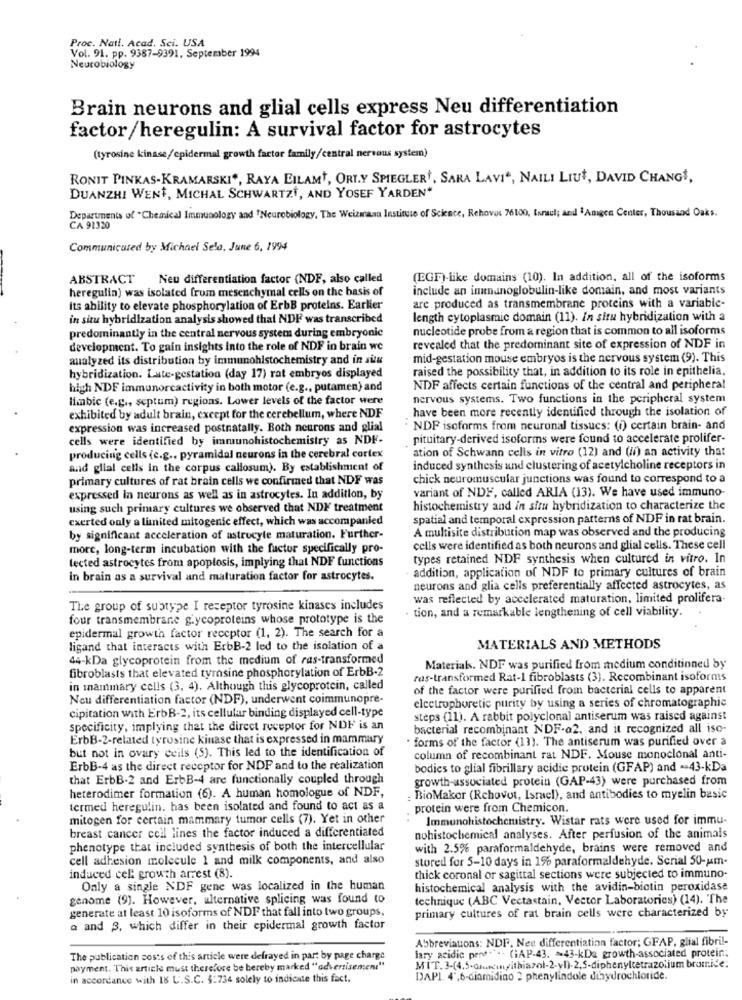
Proc. Nati. Acad. Sci. USA
Vol. 91. pp. 9387-9391. September 1994
Neurobiology
Brain neurons and glial cells express Neu differentiation
factor/heregulin: A survival factor for astrocytes
(tyrosine kinase/epidermal growth factor family/central nervous system)
RONIT PINKAS-KRAMARSKI", RAYA EILAMt, ORT.Y SPIEGLER', SARA LAVI", NAILI LIUt, DAVID CHANGt,
DUANZHI WENT, MICHAL SCHWARTZI, AND YOSEF YARDEN"
Departments of "Chemical Immunology and "Neurobiology, The Weizmann Institute of Science, Rehovot 76100, Ixraul; and #Angen Center, Thousand Oaks.
CA 91320
Communicated by Michael Sela, June 6, 1994
ABSTRACT
Neu differentiation factor (NDF, also called
(EGF)-like domains (10). In addition, all of the isoforms
heregulin) was isolated from mesenchymal cells on the basis of
include an immunoglobulin-like domain, and most variants
are produced as transmembrane proteins with a variable-
Its ability to elevate phosphorylation of ErbB proteins. Earlier
in situ hybridization analysis showed that NDF was transcribed
length cytoplasmic domain (11). In situ hybridization with
nucleotide probe from a region that is common to all isoforms
predominantly in the central nervous system during embryonic
development. To gain insights into the role of NDF in brain we
revealed that the predominant site of expression of NDF in
analyzed its distribution by immunohistochemistry and in situ
mid-gestation mouse embryos is the nervous system (9). This
raised the possibility that, in addition to its role in epithelia.
hybridization. Late-gestation (day 17) rat embryos displayed
high NDF immunorcactivity in both motor (e.g ., putamen) and
NDF affects certain functions of the central and peripheral
limbic (e.g ., septum) regions. Lower levels of the factor were
nervous systems. Two functions in the peripheral system
have been more recently identified through the isolation of
exhibited by adult brain, except for the cerebellum, where NDF
expression was increased postnatally. Both neurons and glial
NDP isoforms from neuronal tissues: (i) certain brain- and
cells were identified by immunohistochemistry as NDF-
pituitary-derived isoforms were found to accelerate prolifer-
ation of Schwann cells in vitro (12) and (ii) an activity that
producing cells (c.g ., pyramidal neurons in the cerebral cortex
and glial cells in the corpus callosum). By establishment of
induced synthesis and clustering of acetylcholine receptors in
primary cultures of rat brain cells we confirmed that NDF was
chick neuromuscular junctions was found to correspond to a
variant of NDF, called ARIA (13). We have used immuno-
expressed in neurons as well as in astrocytes. In addition, by
using such primary cultures we observed that NDE treatment
histochemistry and in situ hybridization to characterize the
exerted only a limited mitogenic effect, which was accompanied
spatial and temporal expression patterns of NDF in rat brain.
A multisite distribution map was observed and the producing
by significant acceleration of astrucyte maturation. Further-
more, long-term incubation with the factor specifically pro-
cells were identified as both neurons and glial cells. These cell
lected astrocytes from apoptosis, implying that NDF functions
types retained NDF synthesis when cultured in vitro. In
addition, application of NDF to primary cultures of brain
In brain as a survival and maturation factor for astrocytes.
neurons and glia cells preferentially affected astrocytes, as
was reflected by accelerated maturation, limited prolifera-
The group of subtype I receptor tyrosine kinases includes
tion, and a remarkable lengthening of cell viability.
four transmembrane glycoproteins whose prototype is the
epidermal growth factor receptor (1, 2). The search for a
ligand that interacts with ErbB-2 led to the isolation of a
MATERIALS AND METHODS
44-kDa glycoprotein from the medium of ras-transformed
fibroblasts that elevated tyrosine phosphorylation of ErbB-2
Materials. NDF was purified from medium conditioned by
ras-transformed Rat-1 fibroblasts (3). Recombinant isoforms
in mammary cells (3, 4). Although this glycoprotein, called
of the factor were purified from bacterial cells to apparent
Nou differentiation factor (NDF), underwent coimmunopre-
elcetrophoretic purity by using a series of chromatographie
cipitation with ErbB-2, its cellular binding displayed cell-type
steps (11). A rabbit polyclonal antiserum was raised against
specificity, implying that the direct receptor for NDF is an
bacterial recombinant NDF-a2, and it recognized all iso-
ErbB-2-related tyrosine kinase that is expressed in mammary
. forms of the factor (11). The antiserum was purified over a
but not in ovary ceils (5). This led to the identification of
column of recombinant rat NDF. Mouse monoclonal anti-
ErbB-4 as the direct receptor for NDP and to the realization
bodies to glial fibrillary acidie protein (GFAP) and -43-kDa
that ErbB-2 and ErbB-4 are functionally coupled through
growth-associated protein (GAP-43) were purchased from
heterodimer formation (6). A human homologue of NDF,
: BioMaker (Rehovot, Israel), and antibodies to myelin basic
termed heregulin. has been isolated and found to act as a
protein were from Chemicon.
mitogen for certain mammary tumor cells (7). Yet in other
Immunohistochemistry. Wistar rats were used for immu-
breast cancer cell lines the factor induced a differentiated
nohistochemical analyses. After perfusion of the animals
phenotype that included synthesis of both the intercellular
with 2.5% paraformaldehyde, brains were removed and
cell adhesion molecule 1 and milk components, and also
stored for 5-10 days in 1% paraformaldehyde. Serial 50-um-
induced cel: growth arrest (8).
thick coronal or sagittal sections were subjected to immuno-
Only a single NDF gene was localized in the human
histochemical analysis with the avidin-biotin peroxidase
genome (9). However, alternative splicing was found to
technique (ABC Vectastain, Vector Laboratories) (14). The
generate at least 10 isoforms of NDF that fall into two groups,
primary cultures of rat brain cells were characterized by
a and 3, which differ in their epidermal growth factor
Abbreviations: NDP. Nee differentiation factor; GFAP, glial fibril-
The publication costs of this article were defrayed in part by page charge
ary acidic pers ... (AP-43. >43-kDa growth-associated protein;
payment. This article must therefore be hereby marked "advertisement"
MIT.3-(4.5-dnacinsithiazol-2-1).2,5-diphenylcetrazonium branice.
in accordance with 18 U.S.C. §:734 solely to indicate this fact.
DAPI. 4',6-dinmidino 2 phenylindole dihydrochloride.